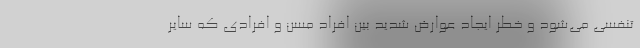
تنفسی می‌شود و خطر ایجاد عوارض شدید بین افراد مسن و افرادی که سایر